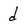
Character: d